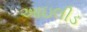
આઇલીડ